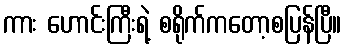
ကား ဟောင်းကြီးရဲ့ စရိုက်ကတော့စပြန်ပြီ။